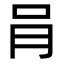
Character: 肙